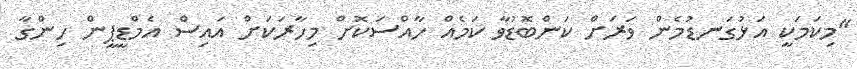
"މިކަމަކީ އަޅުގަނޑުމެން ވަރަށް ކަންބޮޑުވާ ކަމެއް ހާއްސަކޮށް މިހާރަކަށް އައިސް އެމްޑީޕީން ހިންގާ